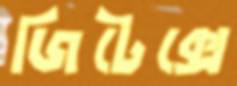
জিটেক্সে